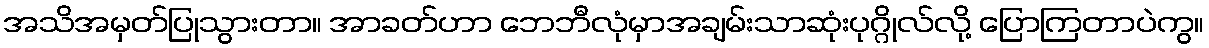
အသိအမှတ်ပြုသွားတာ။ အာခတ်ဟာ ဘေဘီလုံမှာအချမ်းသာဆုံးပုဂ္ဂိုလ်လို့ ပြောကြတာပဲကွ။